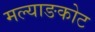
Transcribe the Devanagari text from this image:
मल्याङकोट